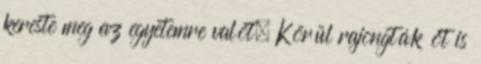
kereste meg az egyetemre valót. Körül rajongták őt is